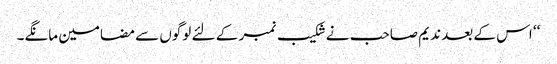
‘‘ اس کے بعد ندیم صاحب نے شکیب نمبر کے لئے لوگوں سے مضامین مانگے۔